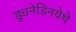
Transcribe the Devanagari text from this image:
ड्युनेडिनयेथे